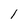
Character: 1